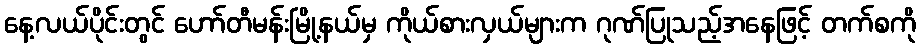
နေ့လယ်ပိုင်းတွင် ဟော်တီမန်းမြို့နယ်မှ ကိုယ်စားလှယ်များက ဂုဏ်ပြုသည့်အနေဖြင့် တက်စကို